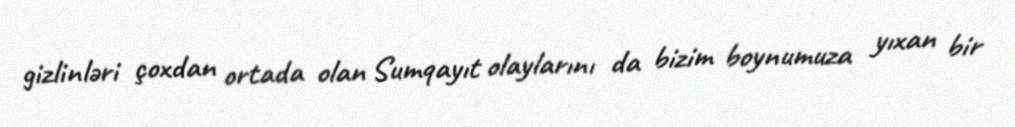
gizlinləri çoxdan ortada olan Sumqayıt olaylarını da bizim boynumuza yıxan bir